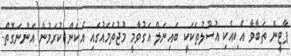
ޕާޓީން ތަބާވާ އެކިއެކި އުސޫލުތަކަކީ ބައިނަލް އަގުވާމީ މުޖުތަމައުގައި އެކަން ކުރަމުން އަންނަގޮތް.